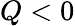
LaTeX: Q<0